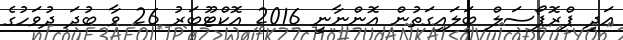
އަދި ޕްރޮޕޯސަލް ބަލައިގަތުން އޮންނާނީ 2016 އޮކްޓޫބަރު 26 ވާ ބުދަ ދުވަހުގެ